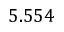
5 . 5 5 4